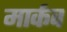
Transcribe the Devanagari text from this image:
मार्कव